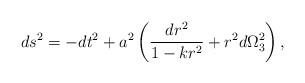
LaTeX: \begin{align*}ds^2 = -dt^2 + a^2\left ( {dr^2\over {1-kr^2}} +r^2d\Omega_3^2\right ),\end{align*}